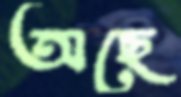
অছে